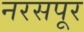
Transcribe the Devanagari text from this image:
नरसपूर